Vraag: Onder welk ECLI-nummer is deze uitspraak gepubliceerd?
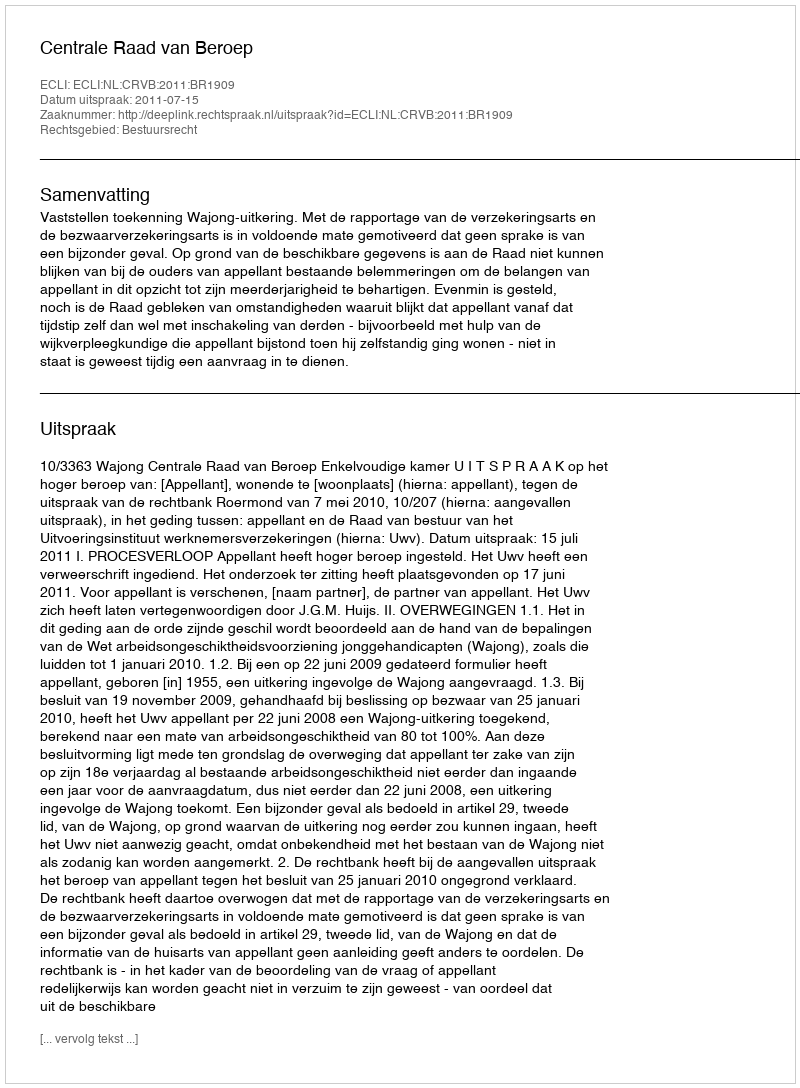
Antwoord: ECLI:NL:CRVB:2011:BR1909